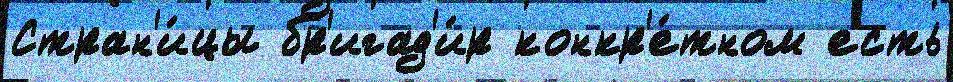
Стран'и́цы бр'игад'и́р конкр'е́тном есть